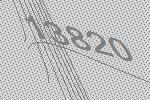
13820